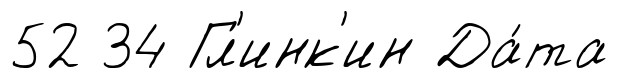
52 34 Гл'инк'ин Да́та